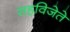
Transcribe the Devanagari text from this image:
सहविजेते